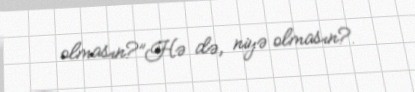
olmasın?”Hə də, niyə olmasın?.